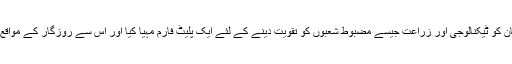
انہوں نے کہاکہ سی پیک نے پاکستان کو ٹیکنالوجی اور زراعت جیسے مضبوط شعبوں کو تقویت دینے کے لئے ایک پلیٹ فارم مہیا کیا اور اس سے روزگار کے مواقع پیدا اور غربت میں کمی واقع ہوگی۔